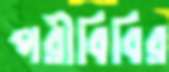
পরীবিবির